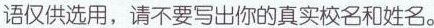
语仅供选用，请不要写出你的真实校名和姓名。